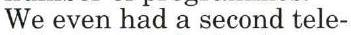
We even had a second tele-